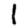
Digit: 1